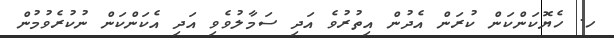
ހ. ހެޔޮކަންކަން ކުރަން އެދުން އިތުރުވެ އަދި ސަމާލުވެވި އަދި އެކަންކަން ނުކުރެވުމުން